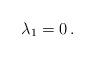
LaTeX: \begin{align*} \lambda_1=0\,.\end{align*}